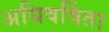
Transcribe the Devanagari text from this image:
अधिवर्षिता